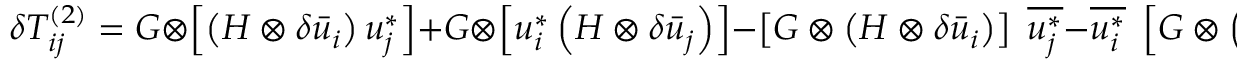
\delta T _ { i j } ^ { \left( 2 \right) } = G \otimes \left[ { \left( { H \otimes \delta { { \bar { u } } _ { i } } } \right) u _ { j } ^ { * } } \right] + G \otimes \left[ { u _ { i } ^ { * } \left( { H \otimes \delta { { \bar { u } } _ { j } } } \right) } \right] - \left[ { G \otimes \left( { H \otimes \delta { { \bar { u } } _ { i } } } \right) } \right] \; \overline { { u _ { j } ^ { * } } } - \overline { { u _ { i } ^ { * } } } \; \left[ { G \otimes \left( { H \otimes \delta { { \bar { u } } _ { j } } } \right) } \right] .